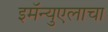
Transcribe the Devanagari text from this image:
इमॅन्युएलाचा